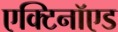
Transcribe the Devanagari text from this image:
एक्टिनॉएड